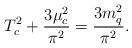
LaTeX: \begin{align*} T^2_c+\frac{3 \mu ^2_c}{\pi ^2} =\frac{3 m^2_q}{\pi ^2}.\end{align*}